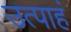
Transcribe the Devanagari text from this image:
उत्पाहं